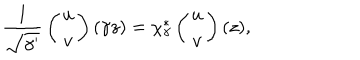
{ \frac { 1 } { \sqrt { \gamma ^ { \prime } } } } \left( \begin{array} { c } { { u } } \\ { { v } } \\ \end{array} \right) ( \gamma z ) = \chi _ { \gamma } ^ { * } \left( \begin{array} { c } { { u } } \\ { { v } } \\ \end{array} \right) ( z ) ,